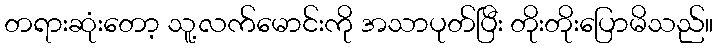
တရားဆုံးတော့ သူ့လက်မောင်းကို အသာပုတ်ပြီး တိုးတိုးပြောမိသည်။